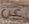
عن